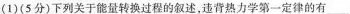
(1)(5分)下列关于能量转换过程的叙述，违背热力学第一定律的有